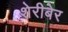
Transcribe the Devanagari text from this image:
शेरीबेर